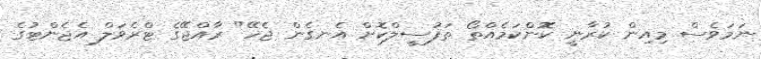
ނަމަވެސް މިއިން ކުރާނީ ކޮންކަމެއްތޯ ތަފުސީލްކޮށް އެނގެން ޖެހޭ" ރާއްޖޭގެ ޓްރެވަލް އެޖެންޓުގެ